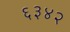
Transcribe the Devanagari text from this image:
६३४२